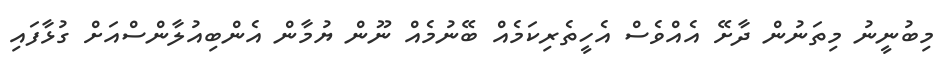
މިބުނީނު މިތަނުން ދާށޭ އެއްވެސް އެހީތެރިކަމެއް ބޭނުމެއް ނޫން ޔުމާން އެންބިއުލާންސްއަށް ގުޅާފައި